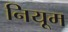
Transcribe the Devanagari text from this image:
नियूम